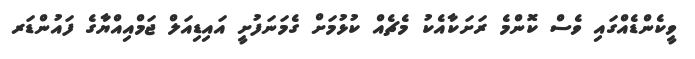
ވީކެންޑެއްގައި ވެސް ކޮންމެ ރަށަކާއެކު މެޗެއް ކުޅުމަށް ގެމަނަފުށީ އައިޑިއަލް ޖަމްއިއްޔާގެ ފައުންޑަރ